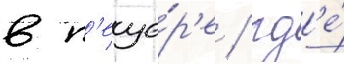
в п'еще́р'е / гд'е́